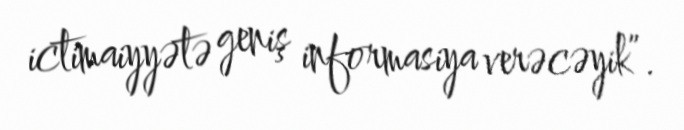
ictimaiyyətə geniş informasiya verəcəyik”.